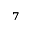
^ { 7 }